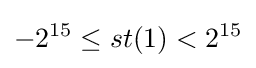
-2^{15}\leq st(1)<2^{15}